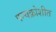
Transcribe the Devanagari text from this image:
पन्चक्रोशीत